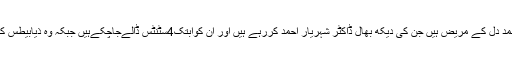
ان کا کہنا تھاکہ اقبال زیڈ احمد دل کے مریض ہیں جن کی دیکھ بھال ڈاکٹر شہریار احمد کررہے ہیں اور ان کوابتک4سٹنٹس ڈالےجاچکےہیں جبکہ وہ ذیابیطس کےمرض میں بھی مبتلا ہیں۔